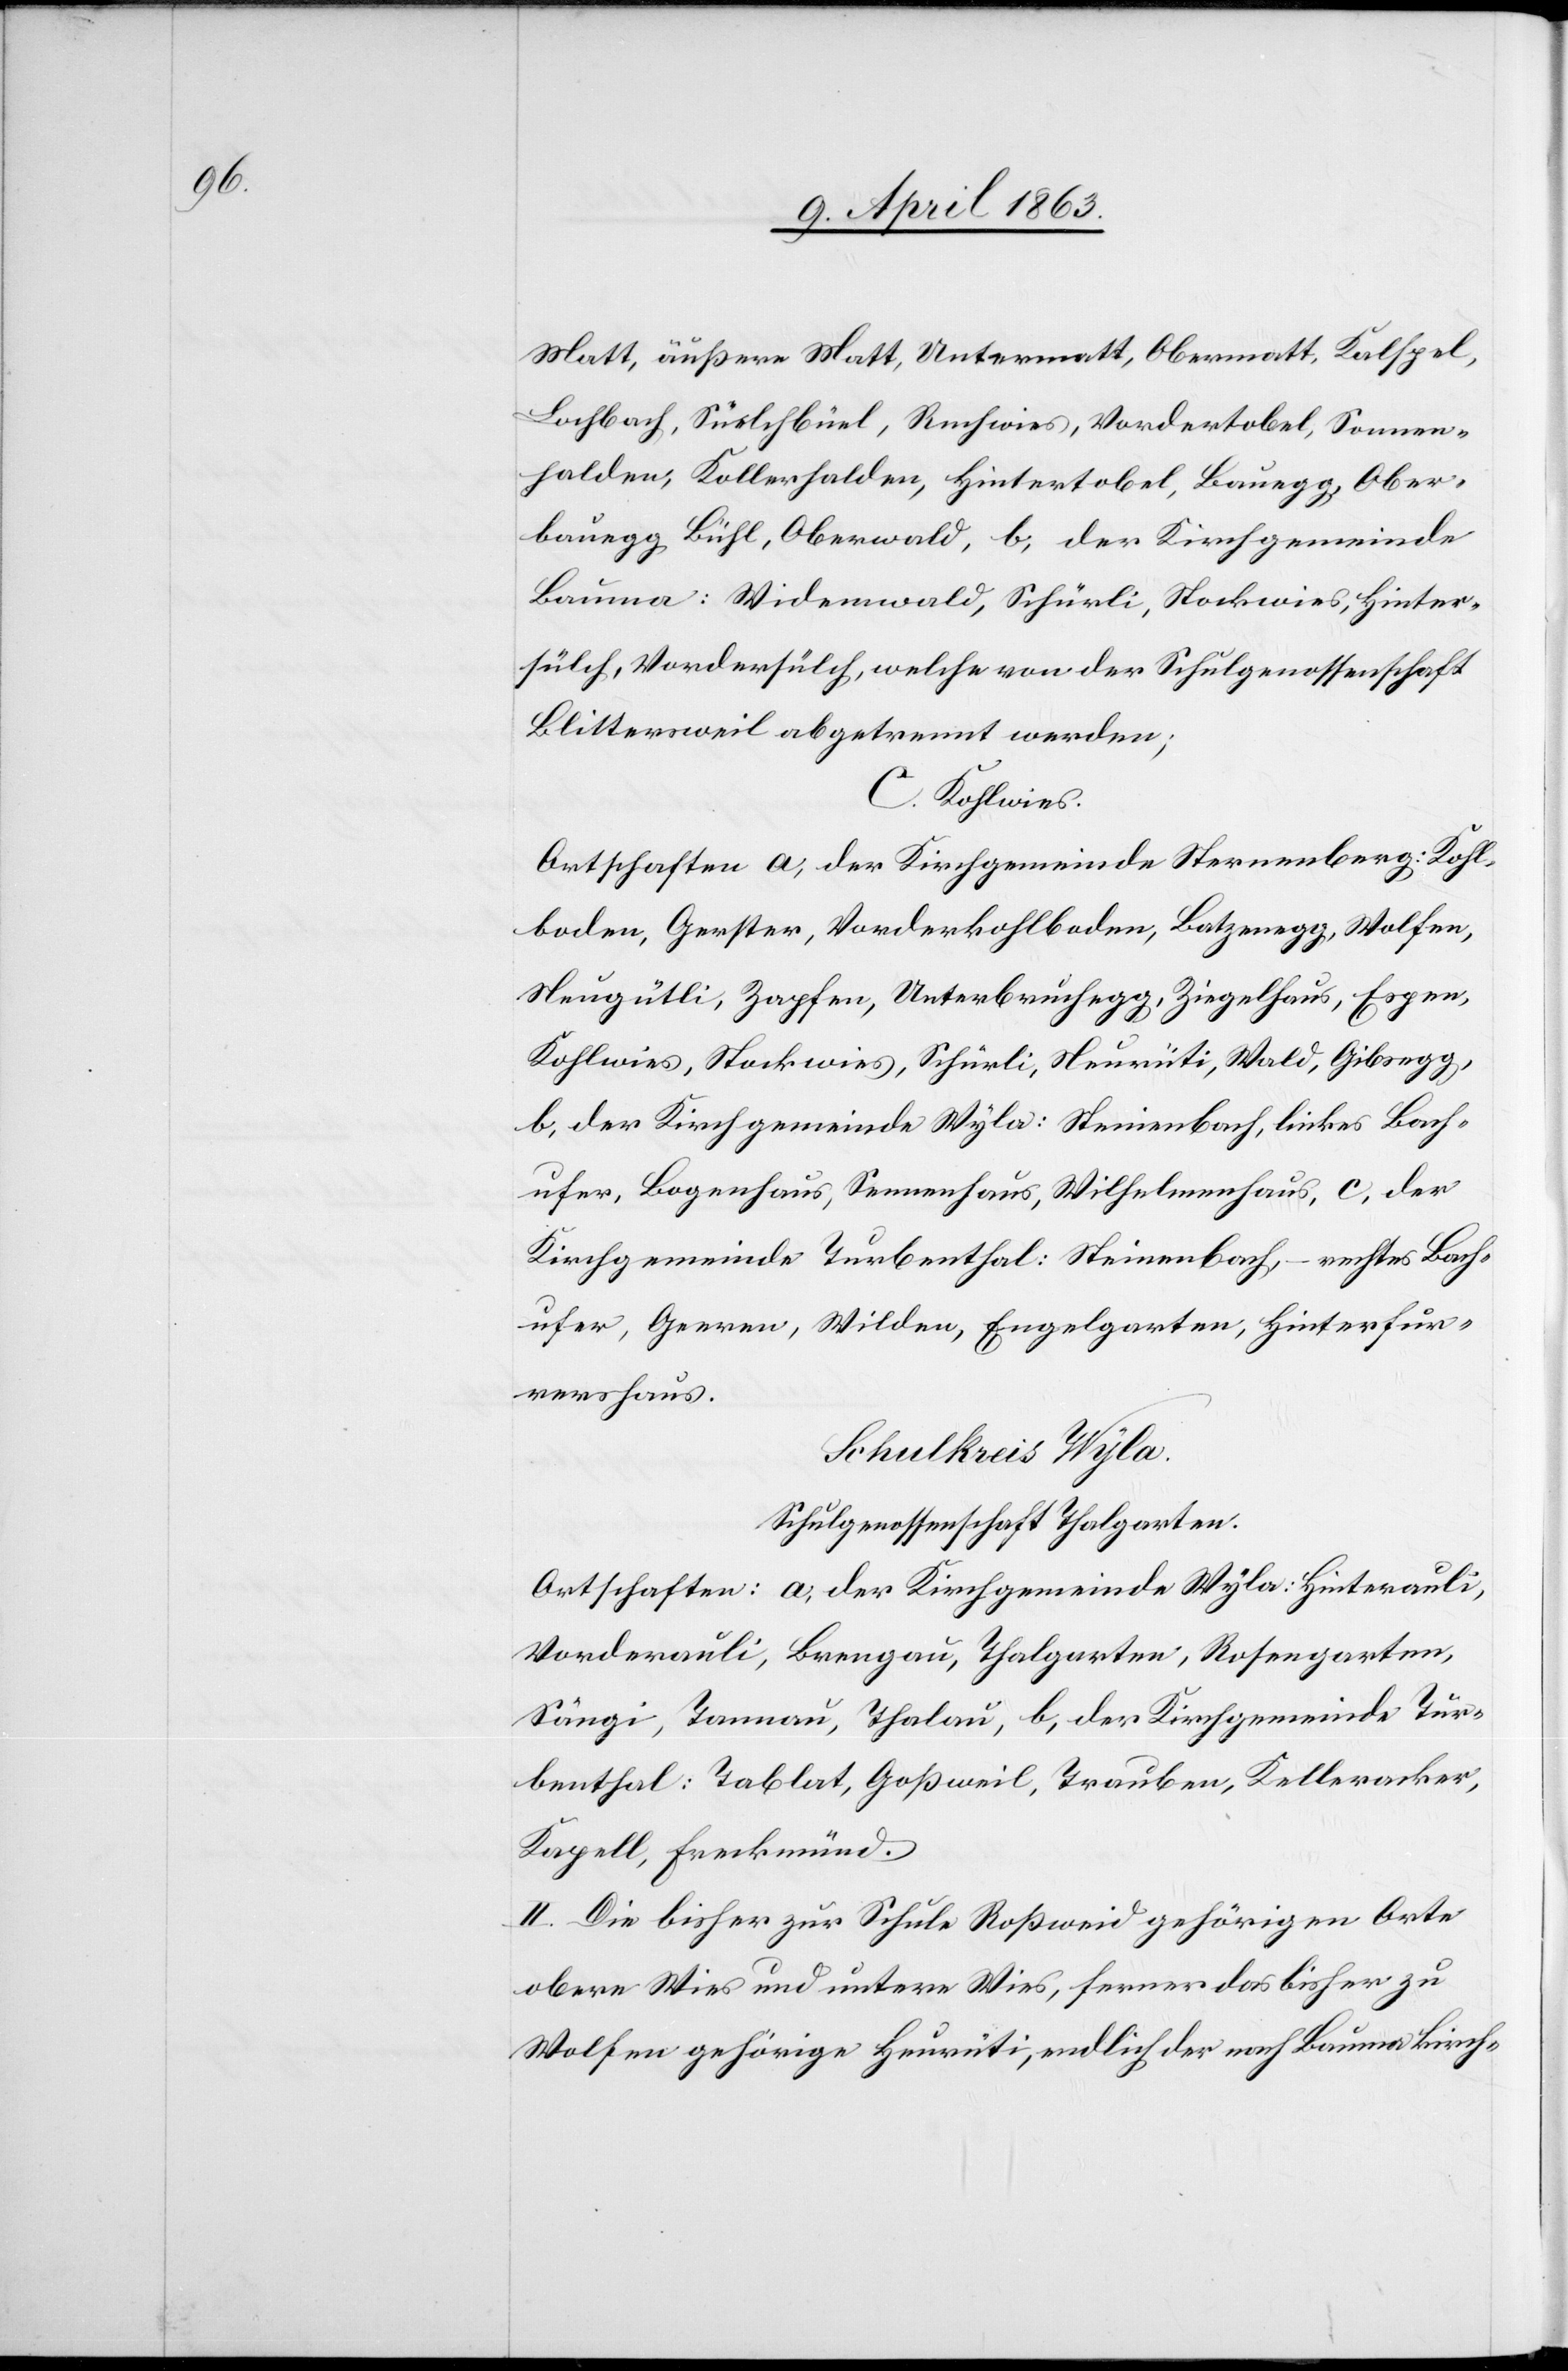
Matt, äußere Matt, Untermatt, Obermatt, Kalspel,
Lochbach, Süelchbüel, Ruchwies, Vordertobel, Sonnen¬
halden, Kollerhalden, Hintertobel, Bauegg, Ober¬
bauegg, Bühl, Oberwald, b) der Kirchgemeinde
Bauma: Widemwald [sic!], Schürli, Stockwies, Hinter¬
sülch, Vordersülch, welche von der Schulgenossenschaft
Blittersweil abgetrennt werden;
C. Kohlwies.
Ortschaften a) der Kirchgemeinde Sternenberg: Kohl¬
boden, Gerster, Vorderkohlboden, Latzenegg, Wolfen,
Neugütli, Zapfen, Unterbruchegg, Ziegelhaus, Espen,
Kohlwies, Stockwies, Schürli, Neurüti, Wald, Gibsegg,
b) der Kirchgemeinde Wyla: Steinenbach, linkes Bach¬
ufer, Bogenhaus, Sennenhaus, Wildhelmenhaus, c) der
Kirchgemeinde Turbenthal: Steinenbach, – rechtes Bach¬
ufer, Geeren, Wilden, Engelgarten, Hinterfur¬
rershaus.
Schulkries Wyla.
Schulgenossenschaft Thalgarten.
Ortschaften a) der Kirchgemeinde Wyla: Hinterauli,
Vorderauli, Brengau, Thalgarten, Rosengarten,
Sängi, Tannau, Thalau, b) der Kirchgemeinde Tur¬
benthal: Tablat, Goßweil, Trauben, Kelleracker,
Kapell, Freckmünd.
II. Die bisher zur Schule Roßweid gehörigen Orte
obere Wies und untere Wies, ferner das bisher zu
Wolfen gehörige Heurüti, endlich der nach Bauma kirch-